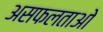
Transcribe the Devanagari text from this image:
असफलताओ